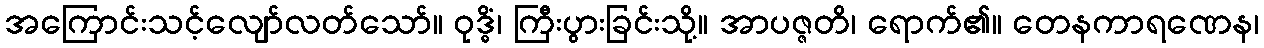
အကြောင်းသင့်လျော်လတ်သော်။ ဝုဒ္ဓိံ၊ ကြီးပွားခြင်းသို့။ အာပဇ္ဇတိ၊ ရောက်၏။ တေနကာရဏေန၊